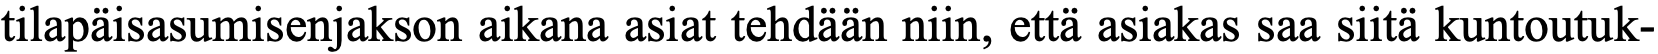
tilapäisasumisenjakson aikana asiat tehdään niin, että asiakas saa siitä kuntoutuk-